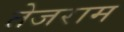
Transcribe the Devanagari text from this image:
तेजराम